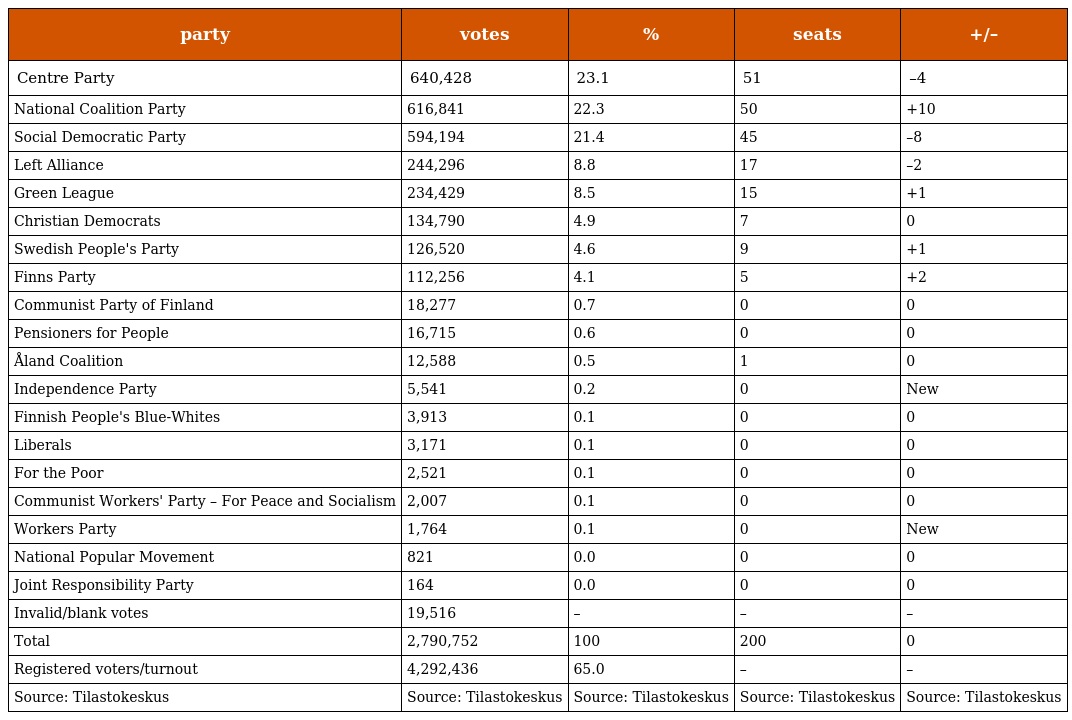
| party | votes | % | seats | +/– |
 | --- | --- | --- | --- | --- |
 | Centre Party | 640,428 | 23.1 | 51 | –4 |
 | National Coalition Party | 616,841 | 22.3 | 50 | +10 |
 | Social Democratic Party | 594,194 | 21.4 | 45 | –8 |
 | Left Alliance | 244,296 | 8.8 | 17 | –2 |
 | Green League | 234,429 | 8.5 | 15 | +1 |
 | Christian Democrats | 134,790 | 4.9 | 7 | 0 |
 | Swedish People's Party | 126,520 | 4.6 | 9 | +1 |
 | Finns Party | 112,256 | 4.1 | 5 | +2 |
 | Communist Party of Finland | 18,277 | 0.7 | 0 | 0 |
 | Pensioners for People | 16,715 | 0.6 | 0 | 0 |
 | Åland Coalition | 12,588 | 0.5 | 1 | 0 |
 | Independence Party | 5,541 | 0.2 | 0 | New |
 | Finnish People's Blue-Whites | 3,913 | 0.1 | 0 | 0 |
 | Liberals | 3,171 | 0.1 | 0 | 0 |
 | For the Poor | 2,521 | 0.1 | 0 | 0 |
 | Communist Workers' Party – For Peace and Socialism | 2,007 | 0.1 | 0 | 0 |
 | Workers Party | 1,764 | 0.1 | 0 | New |
 | National Popular Movement | 821 | 0.0 | 0 | 0 |
 | Joint Responsibility Party | 164 | 0.0 | 0 | 0 |
 | Invalid/blank votes | 19,516 | – | – | – |
 | Total | 2,790,752 | 100 | 200 | 0 |
 | Registered voters/turnout | 4,292,436 | 65.0 | – | – |
 | Source: Tilastokeskus | Source: Tilastokeskus | Source: Tilastokeskus | Source: Tilastokeskus | Source: Tilastokeskus |